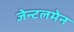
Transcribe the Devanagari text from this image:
जेन्टलमेन